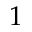
1